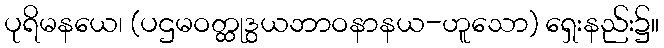
ပုရိမနယေ၊ (ပဌမဝတ္ထုဒွယဘာဝနာနယ-ဟူသော) ရှေးနည်း၌။